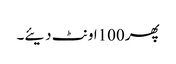
پھر 100اونٹ دیئے۔